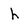
Character: h